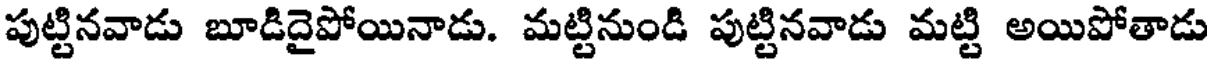
పుట్టినవాడు బూడిదైపోయినాడు. మట్టినుండి పుట్టినవాడు మట్టి అయిపోతాడు